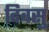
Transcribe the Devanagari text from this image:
दिवसु